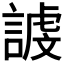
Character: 𮘭